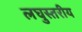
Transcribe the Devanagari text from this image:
लघुस्तरीय